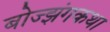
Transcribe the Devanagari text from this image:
बोज्झंगकथा